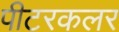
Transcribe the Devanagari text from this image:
पीटरकलर